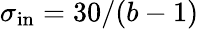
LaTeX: \sigma_{\mathrm{in}}=30/(b-1)